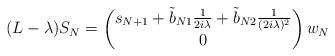
LaTeX: \begin{align*}(L-\lambda)S_N= \begin{pmatrix} s_{N+1}+ \tilde b_{N1}\frac{1}{2i\lambda} + \tilde b_{N2}\frac{1}{(2i\lambda)^2}\\0\end{pmatrix}w_N\end{align*}